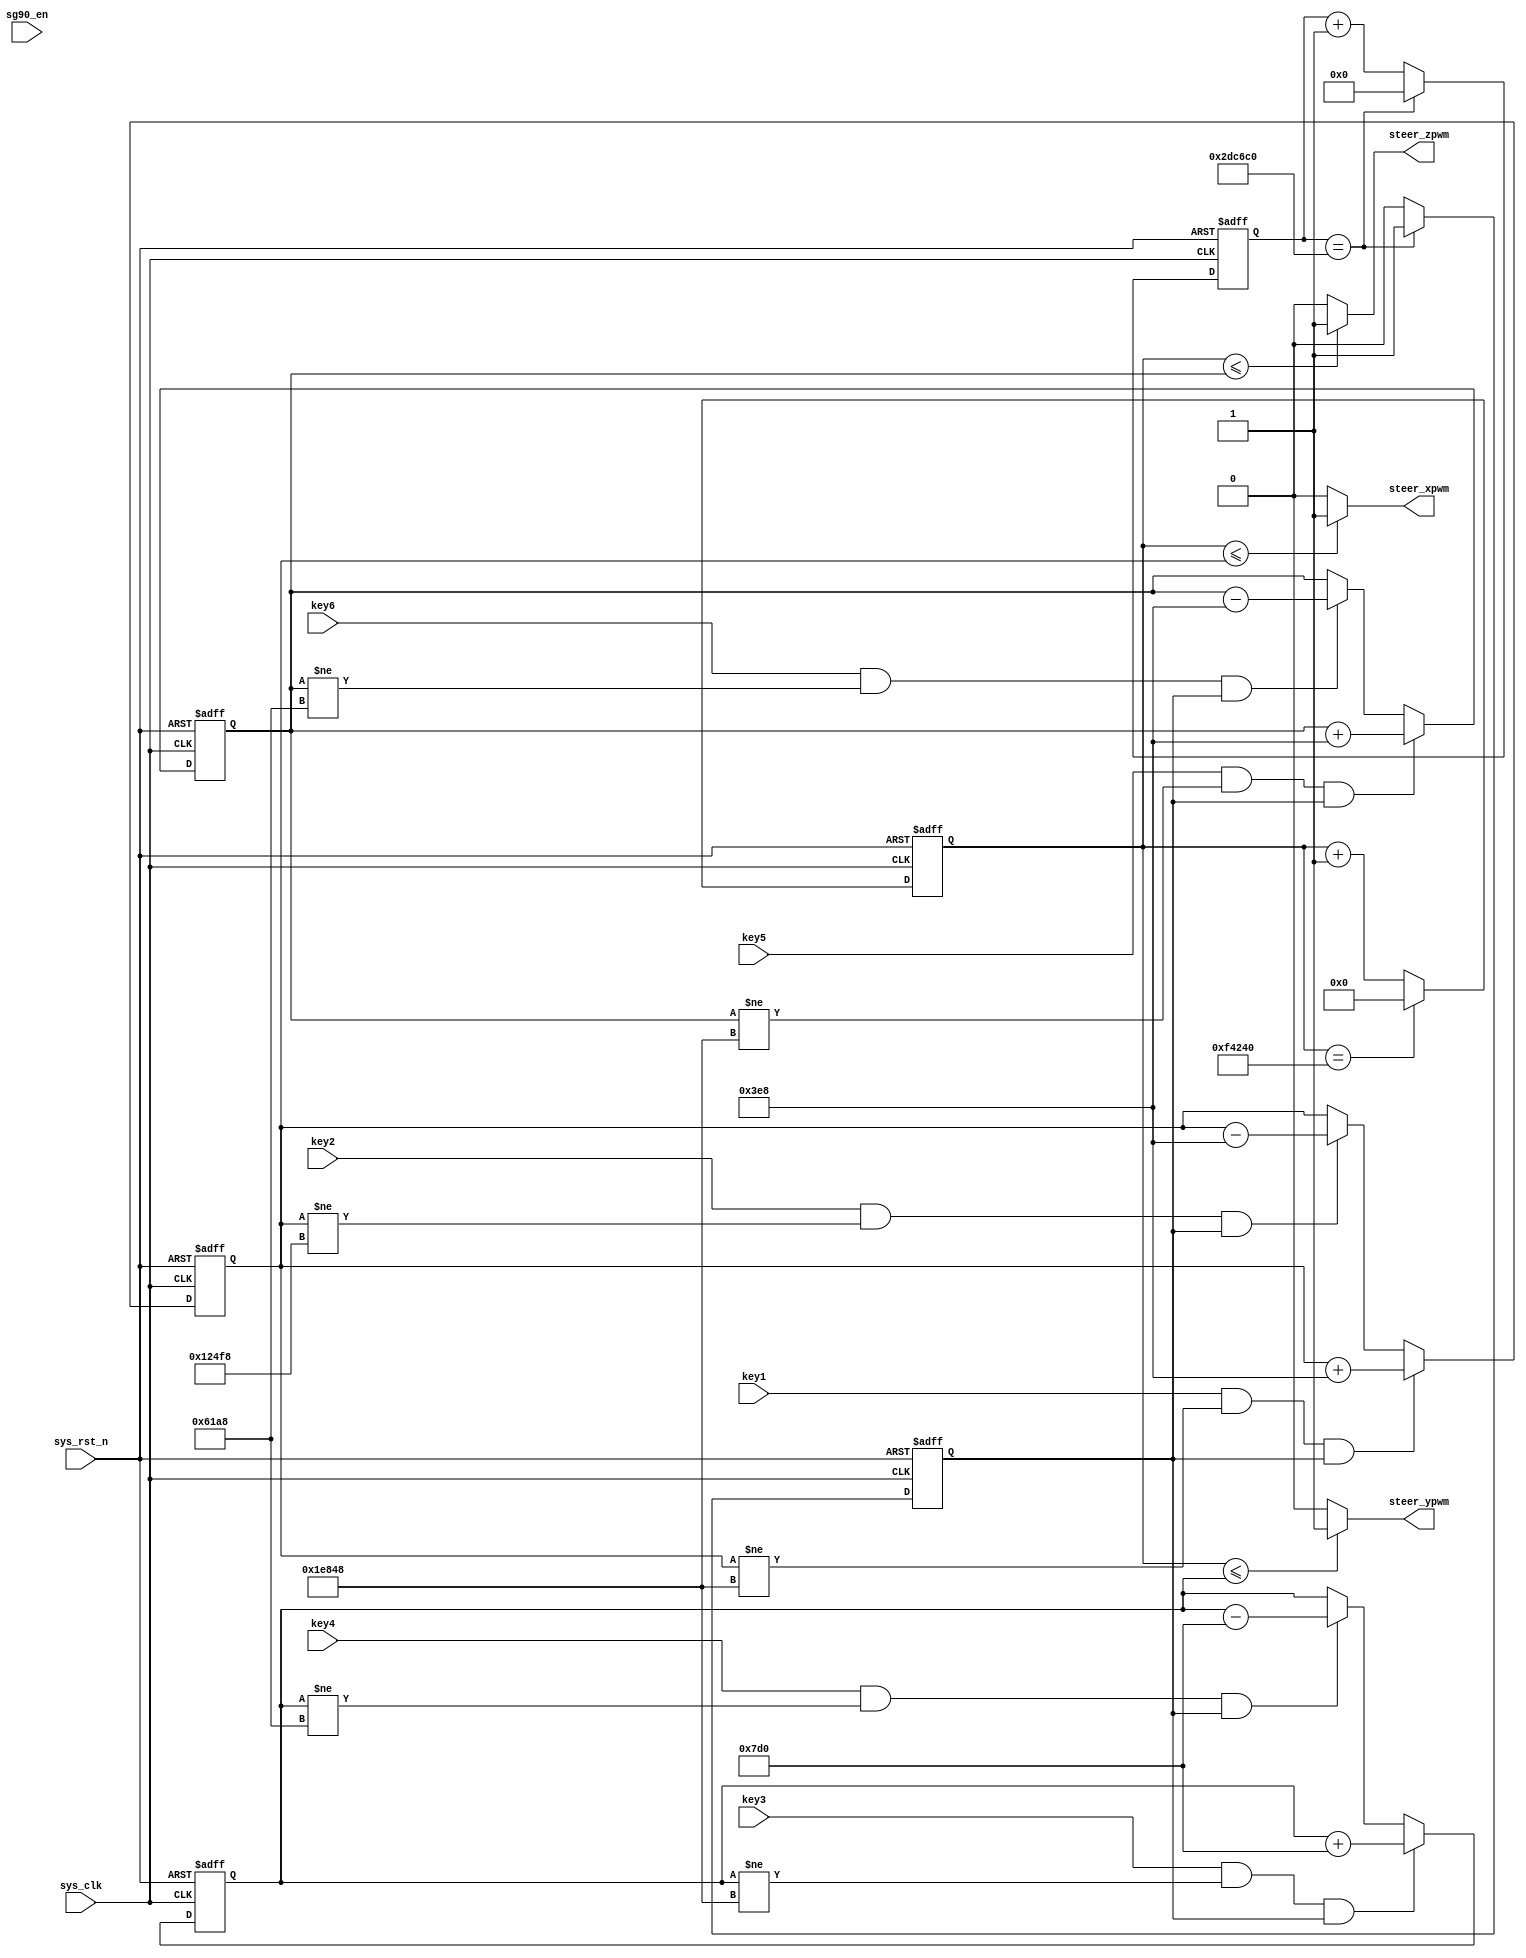
/*================================================*\
		  Filenamesg90_arm.v
			 AuthorXuKunyao
	  Description
  Target Devices: XC6SLX16-2FTG256-2C
   Tool versions: ISE 14.6(nt64/P.68d) 
  			  Email905407267@qq.com
			Company
\*================================================*/

module sg90_arm(
    input       sys_clk,
    input       sys_rst_n,
	 input		 key1,		 //1
	 input		 key2,		 //2
	 input		 key3,		 //3
	 input		 key4,		 //4
	 input		 key5,		 //5
	 input		 key6,		 //6
	 input		 sg90_en,	 //
    output      steer_xpwm, 
    output      steer_ypwm,
    output      steer_zpwm  
    );

reg  [19:0]  period_cnt ;        //50hz :20ms  :20ms/20ns=1_000_000
reg  [16:0]  duty_cycle1;        //pwm
reg  [16:0]  duty_cycle2;        //pwm
reg  [16:0]  duty_cycle3;        //pwm
reg  [21:0]	 cnt_006s;		      //0.06s
reg			 cnt_flag;		      //0.06s


//pwm
assign steer_xpwm = (period_cnt <= duty_cycle1) ?  1'b1  :  1'b0;
assign steer_ypwm = (period_cnt <= duty_cycle2) ?  1'b1  :  1'b0;
assign steer_zpwm = (period_cnt <= duty_cycle3) ?  1'b1  :  1'b0;

// 0.06s
always @(posedge sys_clk or negedge sys_rst_n) begin
    if(!sys_rst_n)begin
        cnt_006s <= 22'd0;
		  cnt_flag <= 1'b0;
		  end
    else if(cnt_006s == 22'd3_000_000)begin
        cnt_006s <= 22'd0;
		  cnt_flag <= 1'b1;
		  end
    else begin
        cnt_006s <= cnt_006s + 1'b1;
		  cnt_flag <= 1'b0;
		  end
end

// 20ms
always @(posedge sys_clk or negedge sys_rst_n) begin
    if(!sys_rst_n)
        period_cnt <= 20'd0;
    else if(period_cnt == 20'd1_000_000)
        period_cnt <= 20'd0;
    else
        period_cnt <= period_cnt + 1'b1;
end

// key1key21
always @(posedge sys_clk or negedge sys_rst_n) begin
    if(!sys_rst_n)
        duty_cycle1 <= 17'd25_000;
    else if(key1 && duty_cycle1 != 17'd125_000 && cnt_flag == 1'b1)
		duty_cycle1 <= duty_cycle1 + 17'd10_00;
    else if(key2 && duty_cycle1 != 17'd75_000 && cnt_flag == 1'b1)
		duty_cycle1 <= duty_cycle1 - 17'd10_00;
	 else;
		
end

// key3key42
always @(posedge sys_clk or negedge sys_rst_n) begin
    if(!sys_rst_n)
        duty_cycle2 <= 17'd75_000;
    else if(key3 && duty_cycle2 != 17'd125_000 && cnt_flag == 1'b1)
		duty_cycle2 <= duty_cycle2 + 17'd20_00;
    else if(key4 && duty_cycle2 != 17'd25_000 && cnt_flag == 1'b1)
		duty_cycle2 <= duty_cycle2 - 17'd20_00;
	 else; 
		
end

// key5key63
always @(posedge sys_clk or negedge sys_rst_n) begin
    if(!sys_rst_n)
        duty_cycle3 <= 17'd75_000;
    else if(key5 && duty_cycle3 != 17'd125_000 && cnt_flag == 1'b1)
		duty_cycle3 <= duty_cycle3 + 17'd10_00;
    else if(key6 && duty_cycle3 != 17'd25_000 && cnt_flag == 1'b1)
		duty_cycle3 <= duty_cycle3 - 17'd10_00;
	 else;
		
end

endmodule